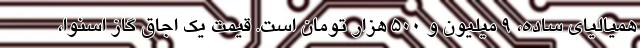
همیالیای ساده، ۹ میلیون و ۵۰۰ هزار تومان است. قیمتِ یک اجاق گاز اسنوا،